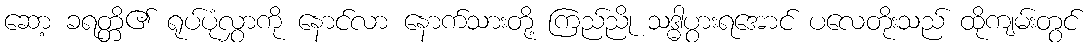
ဆော့ ခရတ္တိ၏ ရုပ်ပုံလွှာကို နောင်လာ နောက်သားတို့ ကြည်ညို သဒ္ဓါပွားရအောင် ပလေတိုးသည် ထိုကျမ်းတွင်